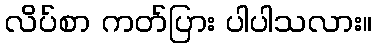
လိပ်စာ ကတ်ပြား ပါပါသလား။